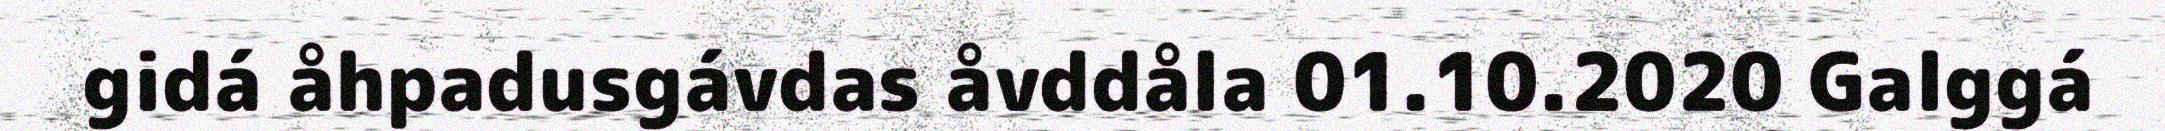
gidá åhpadusgávdas åvddåla 01.10.2020 Galggá